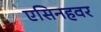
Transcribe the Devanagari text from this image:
एसिनहवर